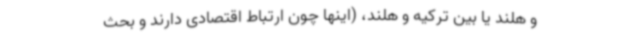
و هلند یا بین ترکیه و هلند، (اینها چون ارتباط اقتصادی دارند و بحث